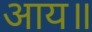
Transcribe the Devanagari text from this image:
आय॥